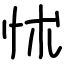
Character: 怵